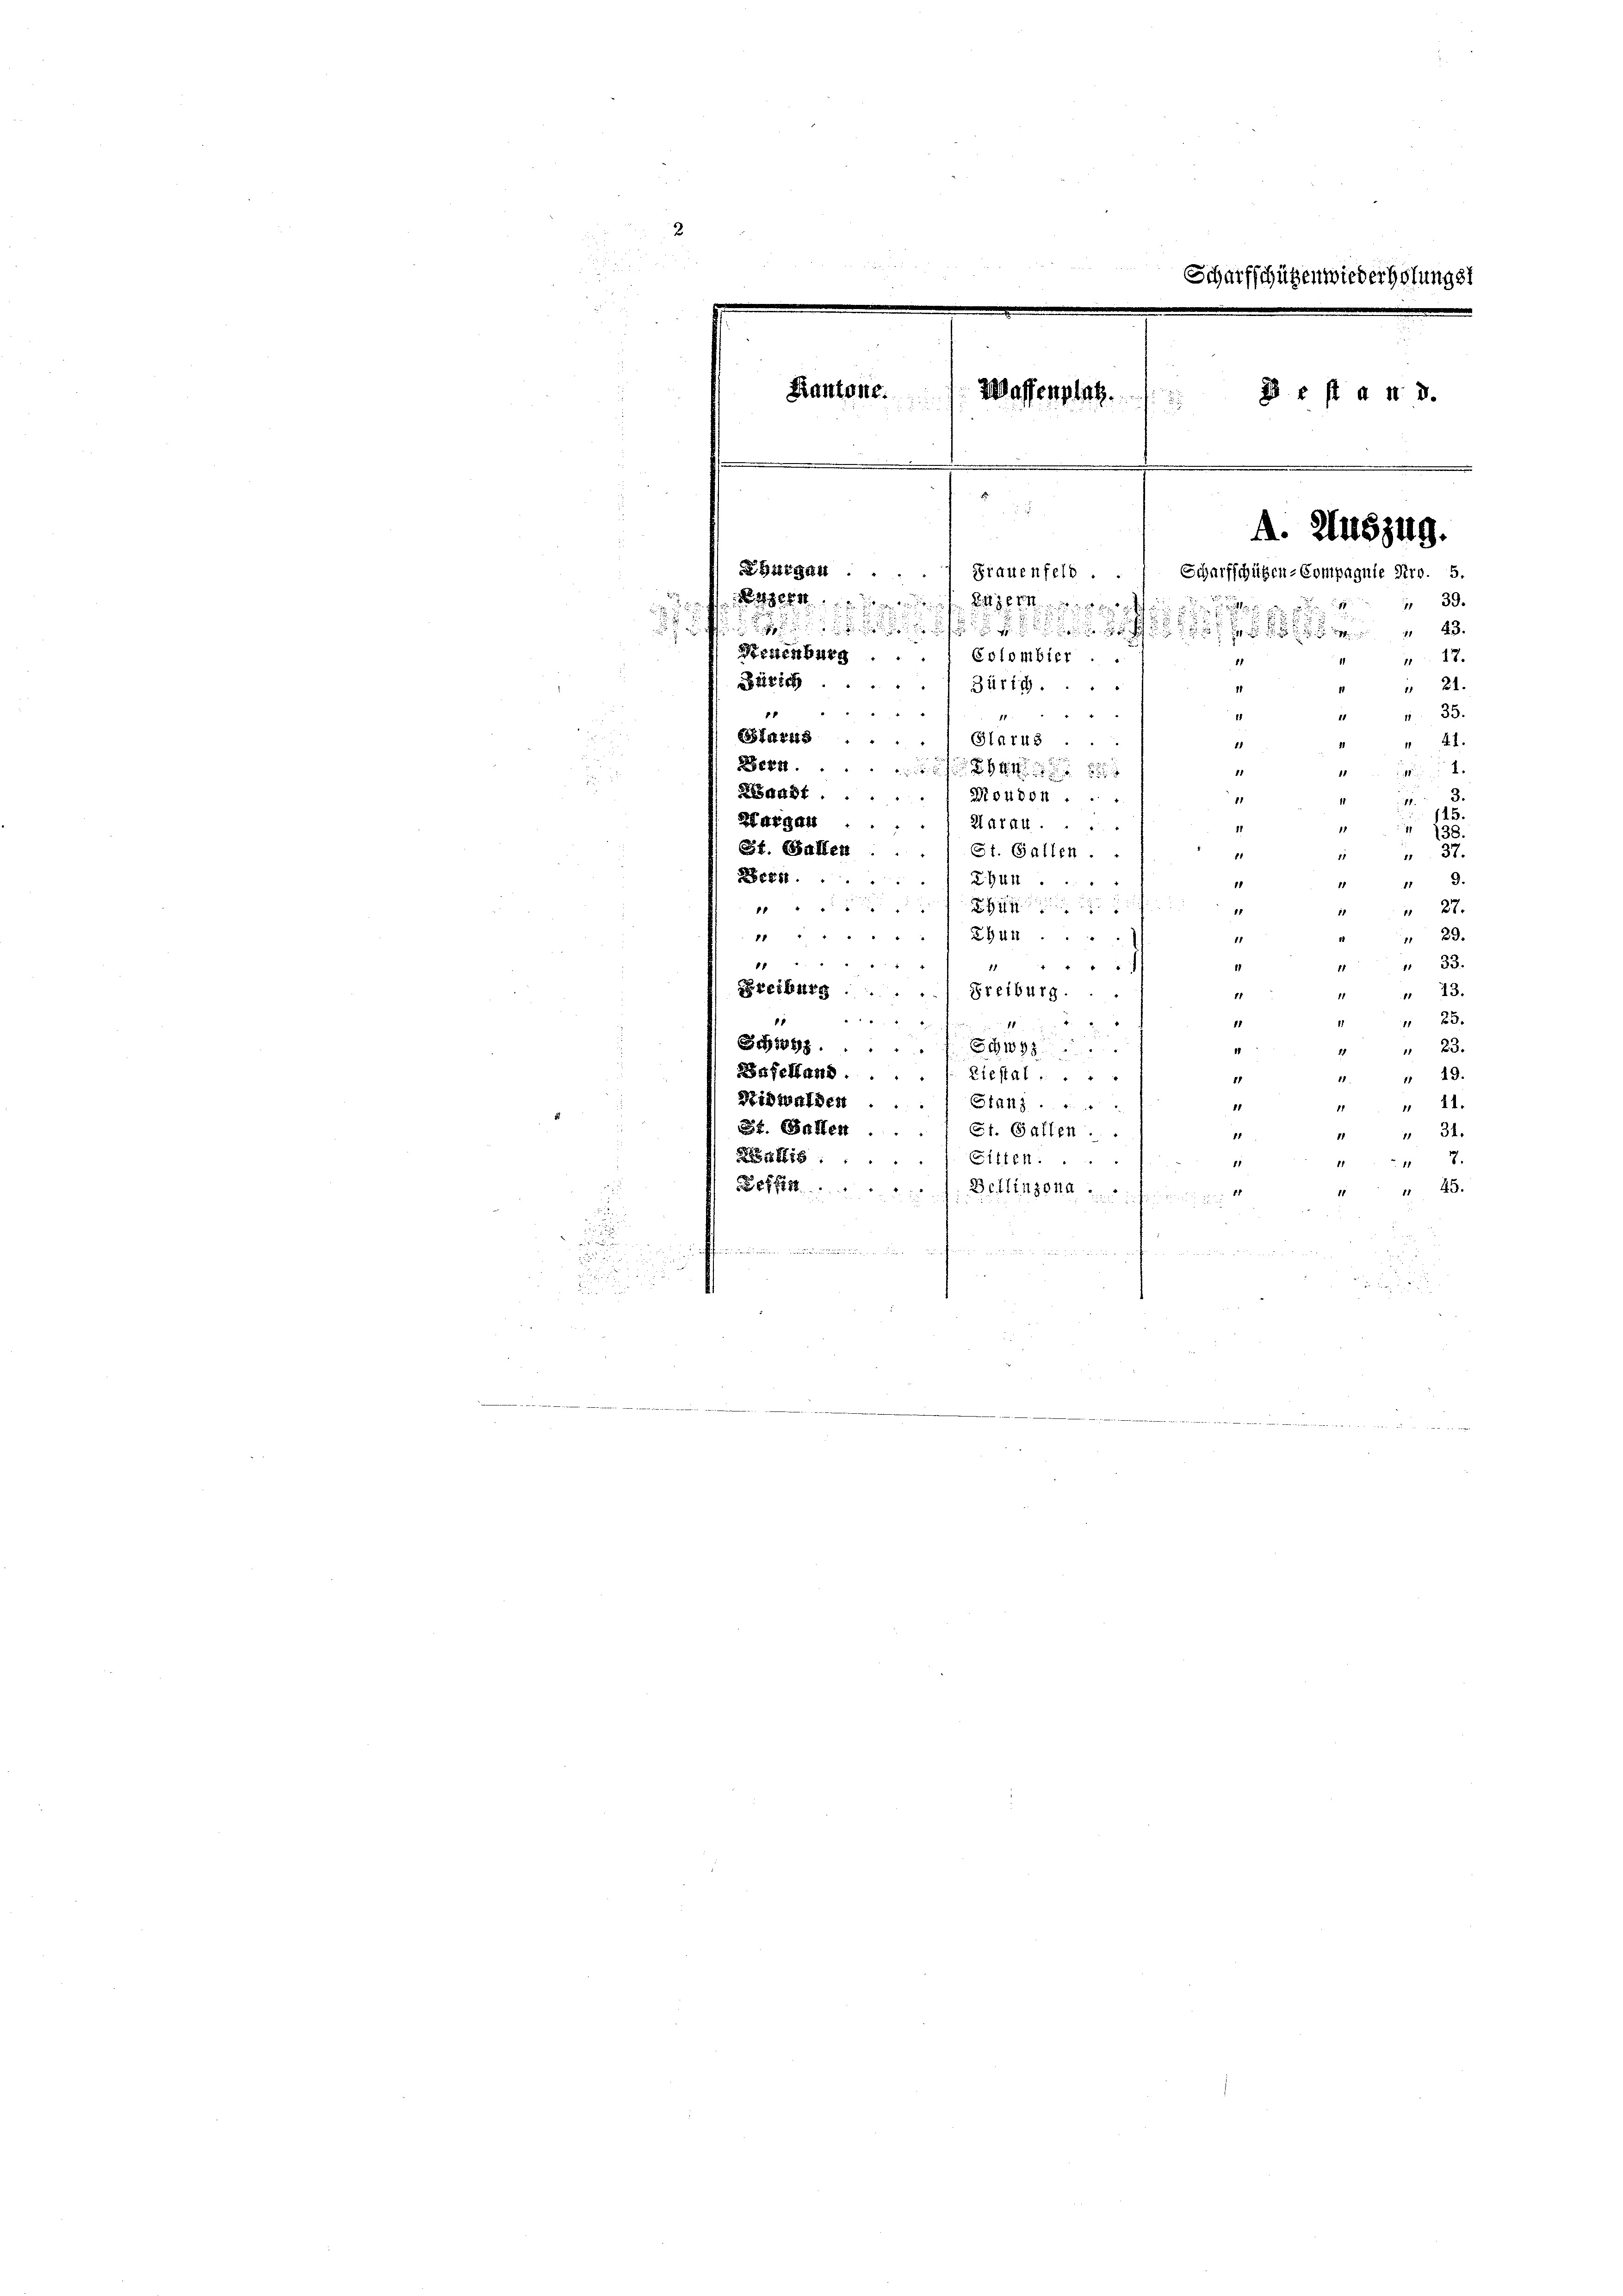
.
d
s
1

s

u

Kantone.
Waffenplatz.
BE s a M. D.
2
A. Auszug.
LBurgen Frauenfeld
Scharfschützen-Compagnie Pro. 5.
39.
wert des Eigen e
11
.

2
 Eolombier. 2128
Neuenburg
17.
11
Brizich
" 21.
Zürich.
11
1
4
1
135.
11
65141218
Glarus
4.1.
1
Bern.
2

11
Rsaadt.
Moudon ...
11
1.3.
1
115.
Hargau
HATRA
 738.
St. Gallen
St. Gallen
37.
15
11
884.
Ehen
8
19.
11
3
1 " " " "
114
 27.
.
1
11
2941
1 " " "
 29.
11
" 33.
18
114
17
Ereiburg. Freiburg.
1 " 43.
11
“
15
" 25.
1
11
Schwyz. Schwyz.
" " 23.
1
Baselland. /: Liestal....
1. " 49.
1
Nidwalden
Stand ......
441.
81
St. Gallen
St. Gallen.
11
 " 31.

Antis
Gitten....
1111
41
 611318
1 " 45.
Bellinzona  ..  .. ..  ..
.

Scharfschützenwiederholung st